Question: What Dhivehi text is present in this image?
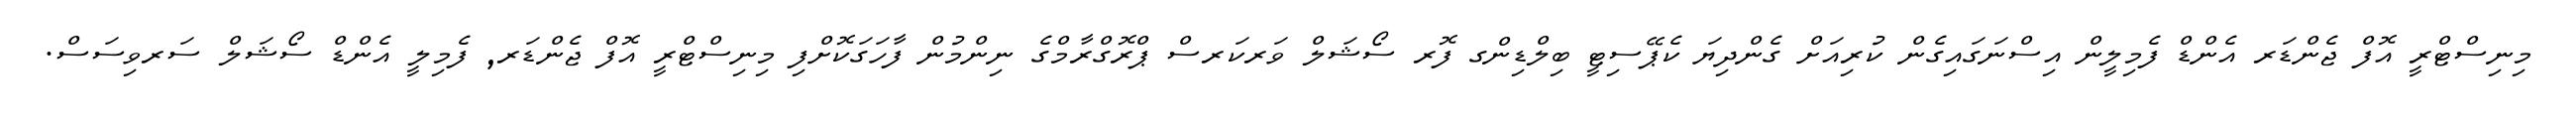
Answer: މިނިސްޓްރީ އޮފް ޖެންޑަރ އެންޑް ފެމިލީން އިސްނަގައިގެން ކުރިއަށް ގެންދިޔަ ކެޕޭސިޓީ ބިލްޑިންގ ފޮރ ސޯޝަލް ވަރކަރސް ޕްރޮގްރާމްގެ ނިންމުން ފާހަގަކޮށްފި މިނިސްޓްރީ އޮފް ޖެންޑަރ, ފެމިލީ އެންޑް ސޯޝަލް ސަރވިސަސް.